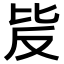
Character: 𣬆